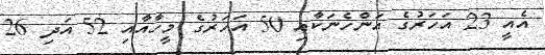
އެއީ 23 އަހަރުގެ އަންހެނަކާއި 50 އަހަރުގެ މީހާއާއި 52 އަދި 26